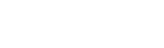
ကျရောက်လာပါက